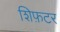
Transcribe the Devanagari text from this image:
शिफ़टर